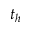
t _ { h }